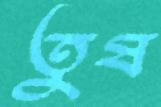
তুষ